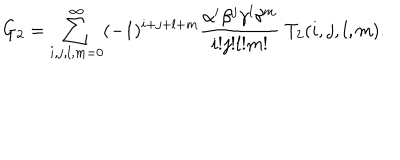
G _ { 2 } = \sum _ { i , j , l , m = 0 } ^ { \infty } ( - 1 ) ^ { i + j + l + m } \frac { \alpha ^ { i } \beta ^ { j } \gamma ^ { l } \delta ^ { m } } { i ! j ! l ! m ! } \; T _ { 2 } ( i , j , l , m ) .